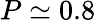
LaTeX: P\simeq 0.8